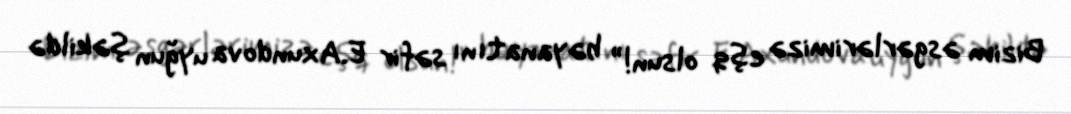
Bizim əsgərlərimizə eşq olsun!” bəyanatını səfir E.Axundova uyğun şəkildə